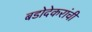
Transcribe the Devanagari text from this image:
बडोदेकरांची